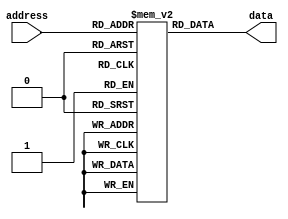
module PROM(
    input wire [7:0] address,
    output reg [7:0] data
);

reg [7:0] memory_data [0:255]; // Array of memory blocks

always @(*) begin
    data = memory_data[address];
end

initial begin
    // Programming the memory blocks with desired data values during design phase
    memory_data[0] = 8'b00000001; // Example data value
    memory_data[1] = 8'b00000010; // Example data value
    // Continue programming memory blocks as needed
end

endmodule